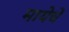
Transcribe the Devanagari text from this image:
मायेचें